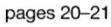
pages 20-21